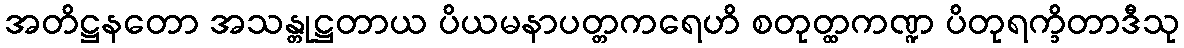
အတိဋ္ဌနတော အသန္တုဋ္ဌတာယ ပိယမနာပတ္တကရေဟိ စတုတ္ထကဏ္ဍ ပိတုရက္ခိတာဒီသု